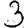
Digit: 3